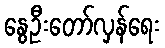
နွေဦးတော်လှန်ရေး